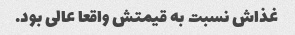
غذاش نسبت به قیمتش واقعا عالی بود.